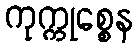
ကုက္ကုစ္စေန